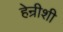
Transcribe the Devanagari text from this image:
हेन्रीशी